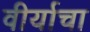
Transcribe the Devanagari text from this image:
वीर्याचा